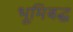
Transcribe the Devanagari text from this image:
भूमिबद्ध